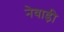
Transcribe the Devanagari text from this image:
नेवाड़ी